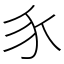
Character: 𧰨